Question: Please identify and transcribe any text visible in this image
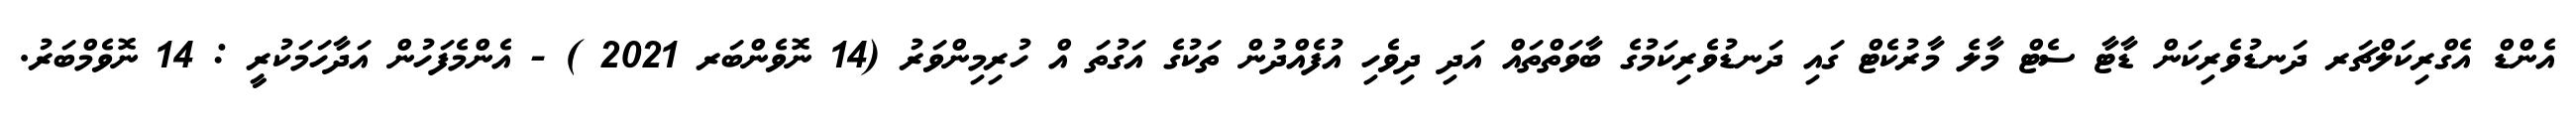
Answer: އެންޑް އެގްރިކަލްޗަރ ދަނޑުވެރިކަން ޑާޓާ ސެޓް މާލެ މާރުކެޓް ގައި ދަނޑުވެރިކަމުގެ ބާވަތްތައް އަދި ދިވެހި އުފެއްދުން ތަކުގެ އަގުތަ އް ހުރިމިންވަރު (14 ނޮވެންބަރ 2021 ) - އެންމެފަހުން އަދާހަމަކުރީ : 14 ނޮވެމްބަރު.